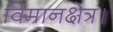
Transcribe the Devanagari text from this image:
विमानक्षेत्र।